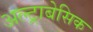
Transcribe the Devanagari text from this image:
अल्ट्राबेसिक